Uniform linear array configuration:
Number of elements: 12
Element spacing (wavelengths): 0.25
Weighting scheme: cosine
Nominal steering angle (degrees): -15
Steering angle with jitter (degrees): -16.324
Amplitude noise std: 0.05
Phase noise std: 0.05

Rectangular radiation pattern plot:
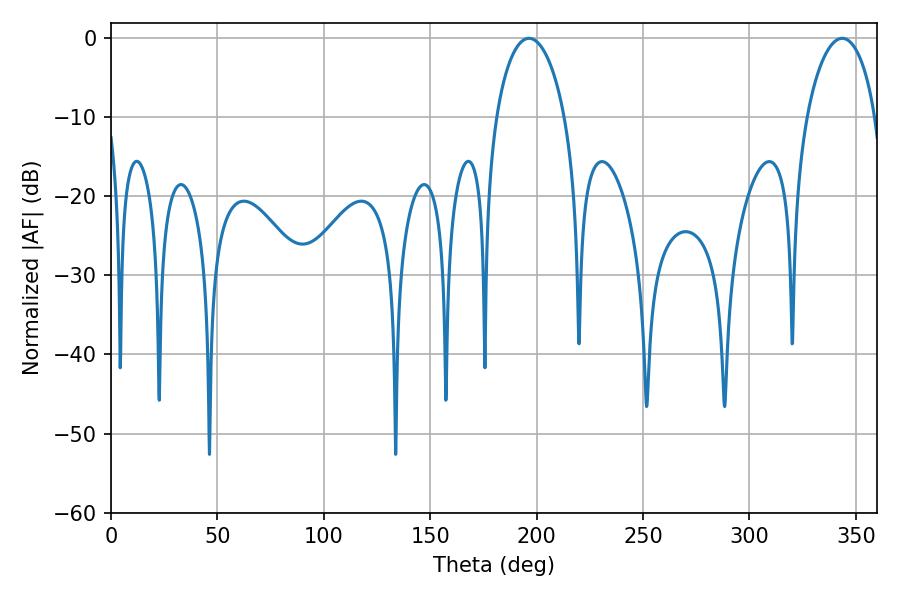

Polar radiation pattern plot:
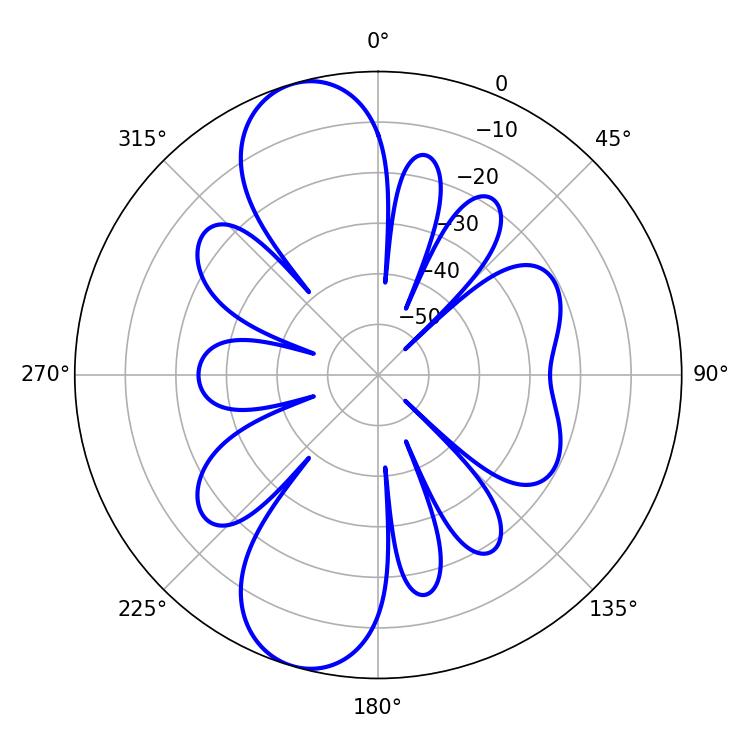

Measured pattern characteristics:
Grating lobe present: FALSE
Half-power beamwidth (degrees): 18.54
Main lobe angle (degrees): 196.38